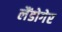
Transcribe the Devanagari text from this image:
लैंडोगेर